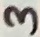
Text: 3